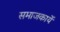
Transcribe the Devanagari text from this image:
समाजकार्ये